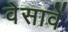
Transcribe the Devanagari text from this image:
वेसावें